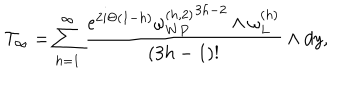
{ \cal T } _ { \infty } = \sum _ { h = 1 } ^ { \infty } { \frac { e ^ { 2 i \Theta ( 1 - h ) } { \omega _ { W P } ^ { ( h , 2 ) } } ^ { 3 h - 2 } \wedge \omega _ { L } ^ { ( h ) } } { ( 3 h - 1 ) ! } } \wedge d y ,